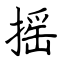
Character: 摇